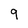
Character: 9